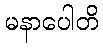
မနာပေါတိ